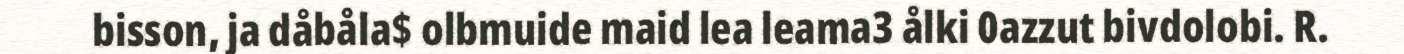
bisson, ja dåbåla$ olbmuide maid lea leama3 ålki 0azzut bivdolobi. R.